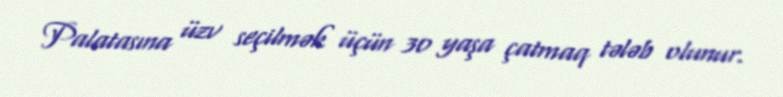
Palatasına üzv seçilmək üçün 30 yaşa çatmaq tələb olunur.